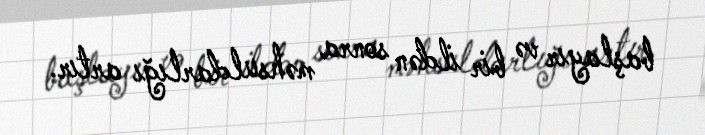
başlayır və bir ildən sonra məhsuldarlığı artır.